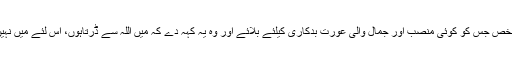
۵) وہ شخص جس کو کوئی منصب اور جمال والی عورت بدکاری کیلئے بلائے اور وہ یہ کہہ دے کہ میں اللہ سے ڈرتاہوں، اس لئے میں نہیں آسکتا۔